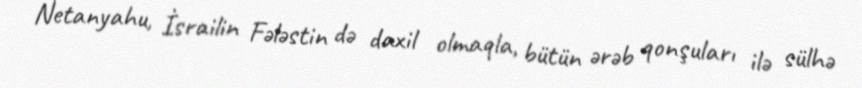
Netanyahu, İsrailin Fələstin də daxil olmaqla, bütün ərəb qonşuları ilə sülhə